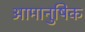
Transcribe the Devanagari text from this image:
आमानुषिक